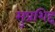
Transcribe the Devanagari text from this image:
सुप्रशिद्द